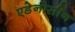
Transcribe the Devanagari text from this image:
एडेनोसीन